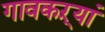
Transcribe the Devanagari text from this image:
गावकऱ्यां